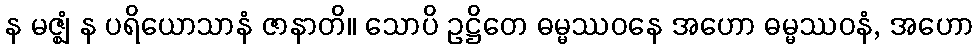
န မဇ္ဈံ န ပရိယောသာနံ ဇာနာတိ။ သောပိ ဥဋ္ဌိတေ ဓမ္မဿဝနေ အဟော ဓမ္မဿဝနံ, အဟော